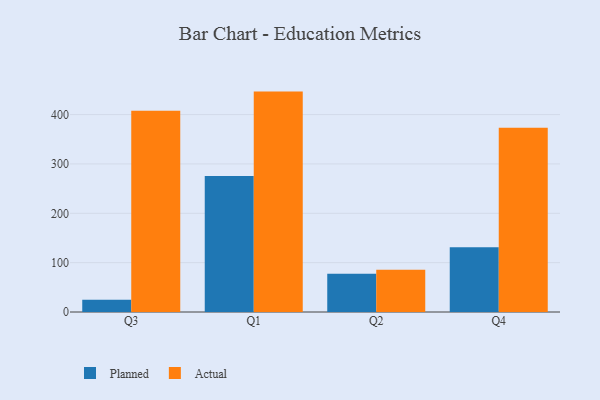
{"axis": {"x": "Quarter", "y": "Production Output"}, "legend": ["Actual", "Planned"], "data": [{"x": "Q3", "y": 24.7, "type": "Planned"}, {"x": "Q3", "y": 407.7, "type": "Actual"}, {"x": "Q1", "y": 275.7, "type": "Planned"}, {"x": "Q1", "y": 446.6, "type": "Actual"}, {"x": "Q2", "y": 77.5, "type": "Planned"}, {"x": "Q2", "y": 85.7, "type": "Actual"}, {"x": "Q4", "y": 131.2, "type": "Planned"}, {"x": "Q4", "y": 373.5, "type": "Actual"}]}